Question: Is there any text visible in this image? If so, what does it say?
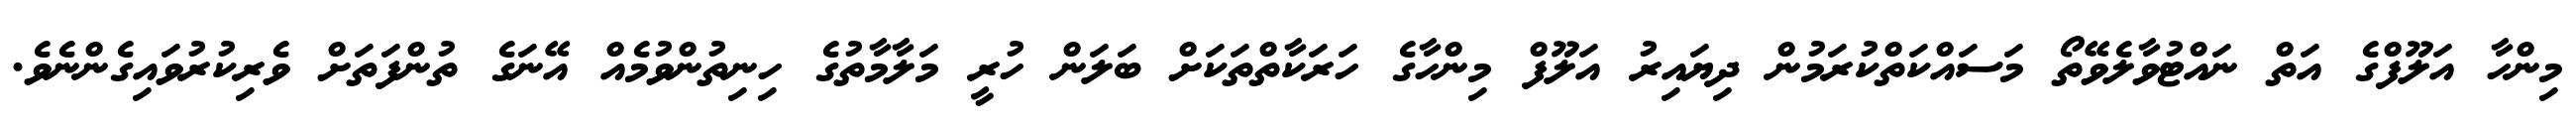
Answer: މިންހާ އަލޫފްގެ އަތް ނައްޓުވާލެވޭތޯ މަސައްކަތްކުރަމުން ދިޔައިރު އަލޫފް މިންހާގެ ހަރަކާތްތަކަށް ބަލަން ހުރީ މަލާމާތުގެ ހިނިތުންވުމެއް އޭނަގެ ތުންފަތަށް ވެރިކުރުވައިގެންނެވެ.